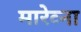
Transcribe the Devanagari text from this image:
मारेव्ना